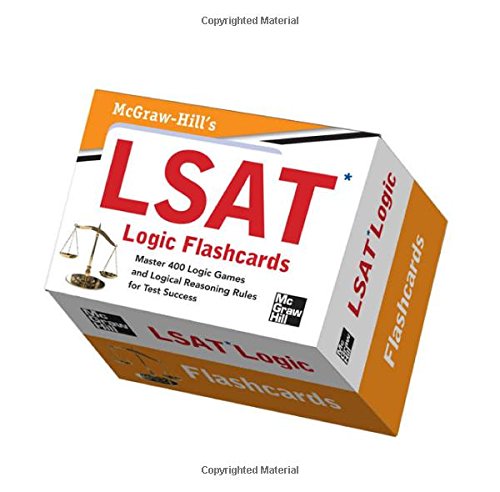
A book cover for McGraw-Hill's LSAT Logic Flashcards; Wendy Hanks; Test Preparation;